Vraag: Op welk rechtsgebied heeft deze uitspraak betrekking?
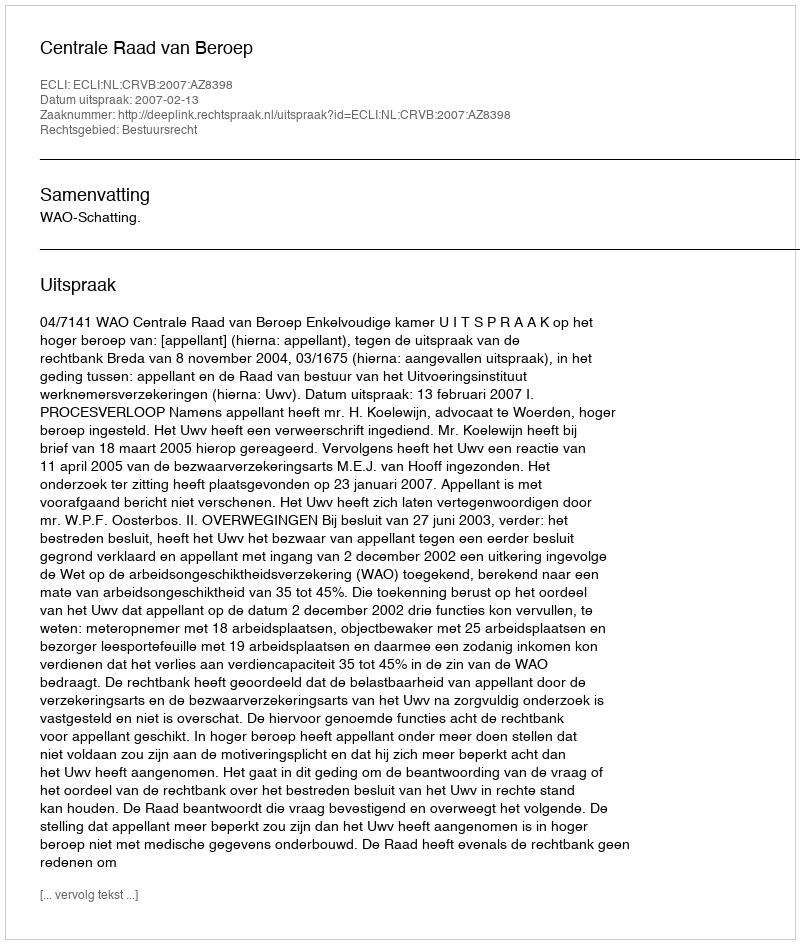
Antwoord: Bestuursrecht